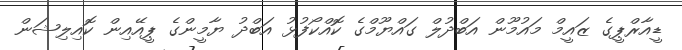
ޑީއާރްޕީގެ ޒައީމް މައުމޫން އަބްދުލް ގައްޔޫމްގެ ކޮއްކޯފުޅު އަބްދު ޔާމީންގެ ޕީއޭއިން ކޮއިލިޝަން